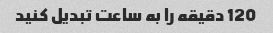
120 دقیقه را به ساعت تبدیل کنید